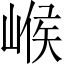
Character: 𡹵